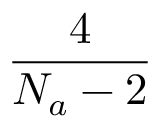
\frac { 4 } { N _ { a } - 2 }